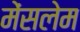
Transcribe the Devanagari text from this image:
मेंसलेम